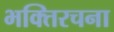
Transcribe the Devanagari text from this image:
भक्तिरचना